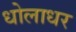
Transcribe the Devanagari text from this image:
धोलाधर